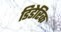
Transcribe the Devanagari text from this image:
डिडेरिक